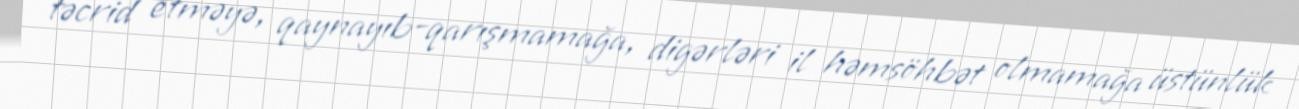
təcrid etməyə, qaynayıb-qarışmamağa, digərləri il həmsöhbət olmamağa üstünlük